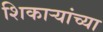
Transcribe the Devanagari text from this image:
शिकाऱ्यांच्या